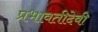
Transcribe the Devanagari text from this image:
प्रभावतीदेवी